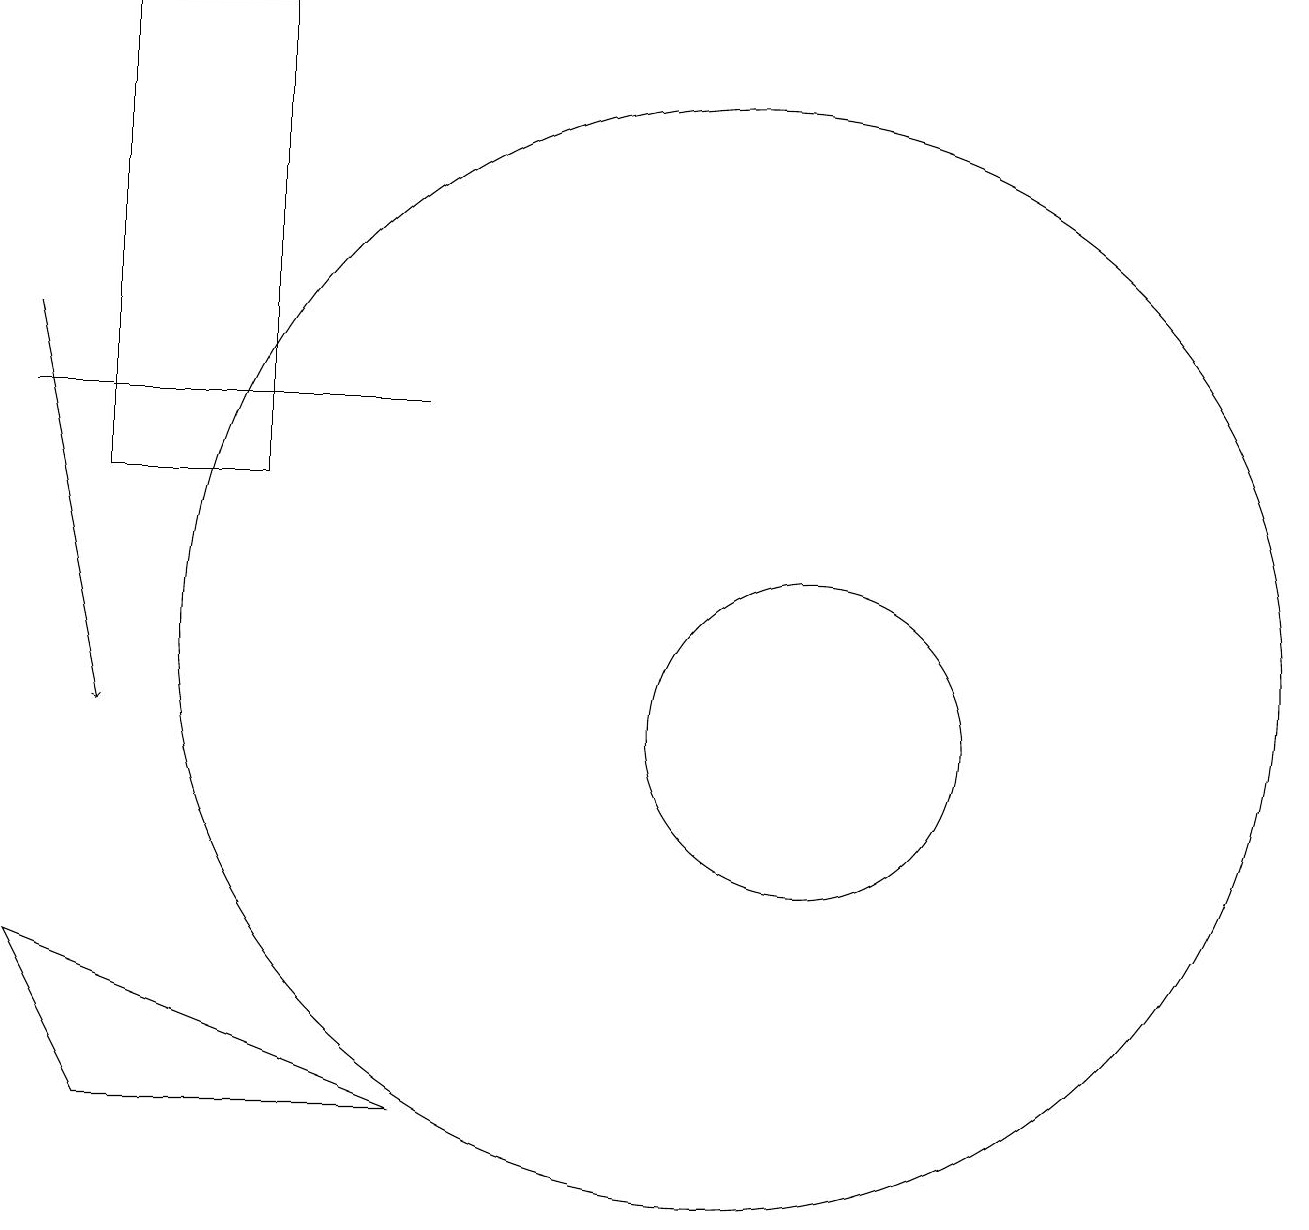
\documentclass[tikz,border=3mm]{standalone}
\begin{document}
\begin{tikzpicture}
\draw (1,7) -- (6,5) -- (2,5) -- cycle;
\draw (10,11) circle (7);
\draw (6,14) rectangle (1,14);
\draw[->] (1,15) -- (2,10);
\draw (11,10) circle (2);
\draw (2,13) rectangle (4,19);
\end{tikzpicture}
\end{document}